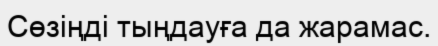
Сөзіңді тыңдауға да жарамас.